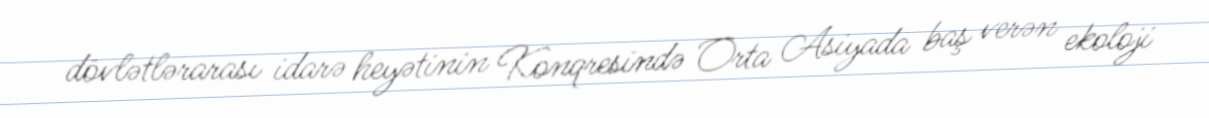
dövlətlərarası idarə heyətinin Konqresində Orta Asiyada baş verən ekoloji